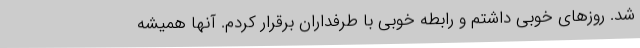
شد. روزهای خوبی داشتم و رابطه خوبی با طرفداران برقرار کردم. آنها همیشه